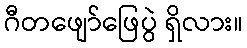
ဂီတဖျော်ဖြေပွဲ ရှိလား။